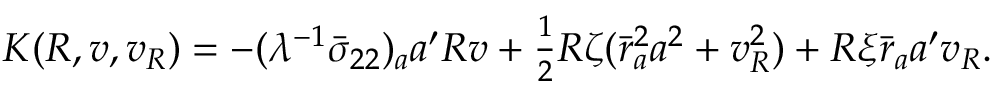
\begin{array} { r } { K ( R , v , v _ { R } ) = - ( \lambda ^ { - 1 } \bar { \sigma } _ { 2 2 } ) _ { a } { a } ^ { \prime } R v + \frac { 1 } { 2 } R \zeta ( \bar { r } _ { a } ^ { 2 } { a } ^ { 2 } + v _ { R } ^ { 2 } ) + R \xi \bar { r } _ { a } { a } ^ { \prime } v _ { R } . } \end{array}